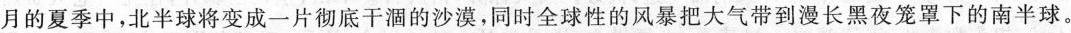
月的夏季中，北半球将变成一片彻底干涸的沙漠，同时全球性的风是把大气带到漫长黑夜笼罩下的南半球。